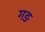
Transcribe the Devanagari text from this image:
गङ